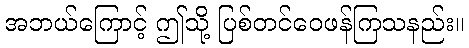
အဘယ်ကြောင့် ဤသို့ ပြစ်တင်ဝေဖန်ကြသနည်း။